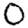
Digit: 0